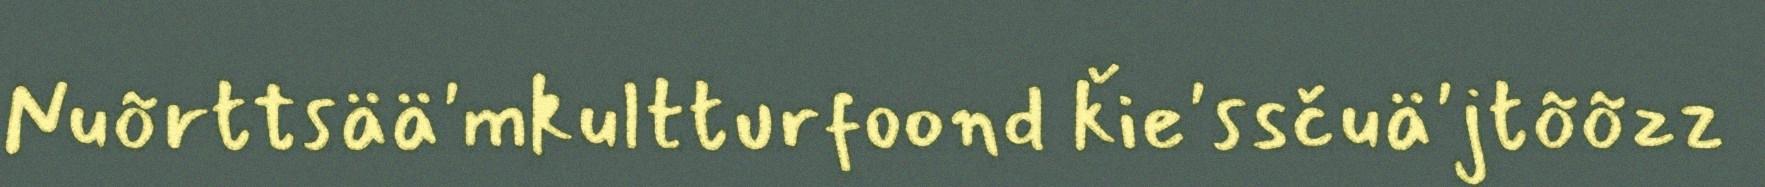
Nuõrttsää'mkultturfoond ǩie'ssčuä'jtõõzz